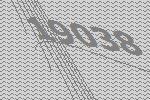
19038